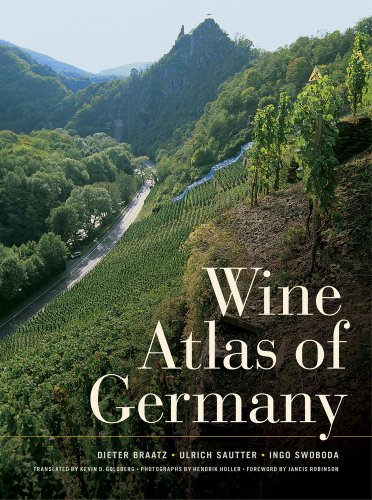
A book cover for Wine Atlas of Germany; Dieter Braatz; Travel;